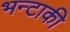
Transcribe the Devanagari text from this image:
भन्टाकी